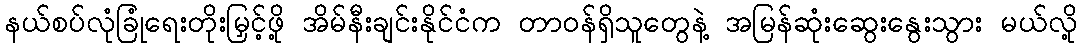
နယ်စပ်လုံခြုံရေးတိုးမြှင့်ဖို့ အိမ်နီးချင်းနိုင်ငံက တာဝန်ရှိသူတွေနဲ့ အမြန်ဆုံးဆွေးနွေးသွား မယ်လို့